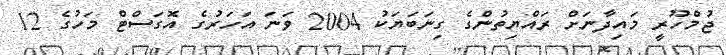
ޖުމްހޫރީ މައިދާނަށް ރައްޔިތުންގެ ގިނަބަޔަކު 2004 ވަނަ އަހަރުގެ އޮގަސްޓް މަހުގެ 12